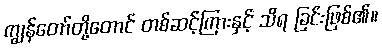
ကျွန်တော်တို့တောင် တစ်ဆင့်ကြားနှင့် သိရ ခြင်းဖြစ်၏။